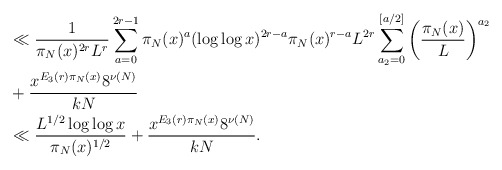
\begin{align*}&\ll \frac{1}{\pi_N(x)^{2r}L^r}\sum_{a = 0}^{2r - 1} \pi_N(x)^a (\log \log x)^{2r - a}\pi_N(x)^{r-a}L^{2r}\sum_{a_2 = 0}^{[a/2]}\left(\frac{\pi_N(x)}{L}\right)^{a_2}\\&+ \frac{x^{E_3(r) \pi_N(x)}8^{\nu(N)}}{k N}\\&\ll \frac{L^{1/2}\log \log x}{\pi_N(x)^{1/2}} + \frac{x^{E_3(r) \pi_N(x)}8^{\nu(N)}}{k N}.\end{align*}